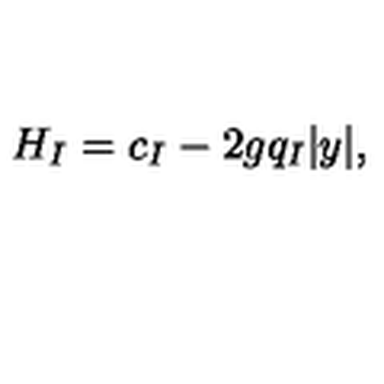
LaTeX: H _ { I } = c _ { I } - 2 g q _ { I } | y | ,